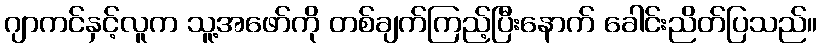
ဂျာကင်နှင့်လူက သူ့အဖော်ကို တစ်ချက်ကြည့်ပြီးနောက် ခေါင်းညိတ်ပြသည်။